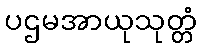
ပဌမအာယုသုတ္တံ